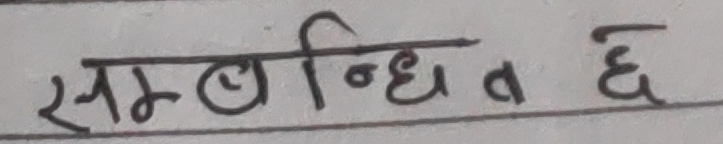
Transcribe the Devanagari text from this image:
सम्बन्धित छ